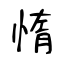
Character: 惰